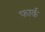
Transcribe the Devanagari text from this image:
फार्क